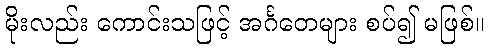
မိုးလည်း ကောင်းသဖြင့် အင်္ဂတေများ စပ်၍ မဖြစ်။